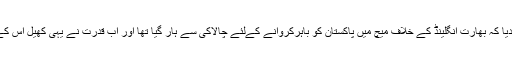
کئی نے تو یہاں کہہ دیا کہ بھارت انگلینڈ کے خلاف میچ میں پاکستان کو باہرکروانے کےلئے چالاکی سے ہار گیا تھا اور اب قدرت نے یہی کھیل اس کے ساتھ بھی کھیل دیا۔